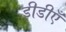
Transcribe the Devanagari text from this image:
डीडीएँ